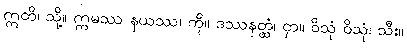
ဣတိ၊ သို့။ ဣမဿ နယဿ၊ ကို။ ဒဿနတ္ထံ၊ ငှာ။ ဝိသုံ ဝိသုံ၊ သီး။